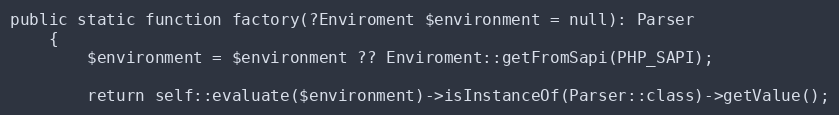
Language: PHP
public static function factory(?Enviroment $environment = null): Parser
    {
        $environment = $environment ?? Enviroment::getFromSapi(PHP_SAPI);

        return self::evaluate($environment)->isInstanceOf(Parser::class)->getValue();